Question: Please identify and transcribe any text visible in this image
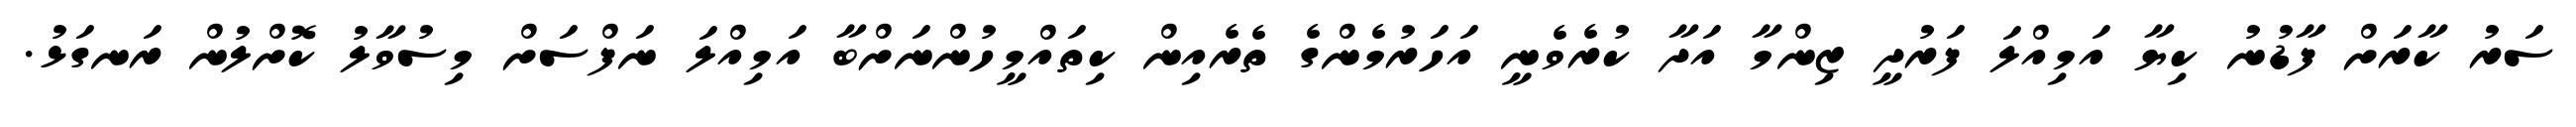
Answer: ސަރު ކާރަށް ފާޑުނު ކިޔާ އަމިއްލަ ފަރުދީ ޒިންމާ އަދާ ކުރެވެނީ އަހަރުމެންގެ ތެރެއިން ކިތައްމީހުންނަށްބާ އަމިއްލަ ނަފްސަށް މިސުވާލު ކޮށްލުން ރަނގަޅު.